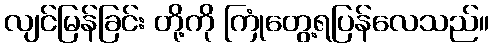
လျင်မြန်ခြင်း တို့ကို ကြုံတွေ့ရပြန်လေသည်။